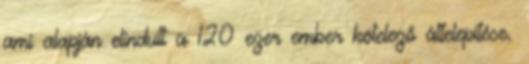
ami alapján elindult a 120 ezer ember kötelező áttelepítése.